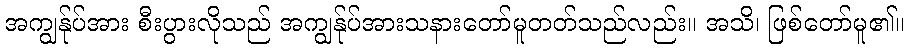
အကျွန်ုပ်အား စီးပွားလိုသည် အကျွန်ုပ်အားသနားတော်မူတတ်သည်လည်း။ အသိ၊ ဖြစ်တော်မူ၏။